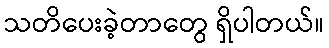
သတိပေးခဲ့တာတွေ ရှိပါတယ်။